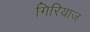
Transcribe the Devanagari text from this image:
गिरियाज